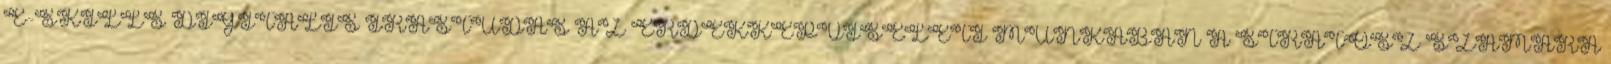
E-SKILLS DIGITÁLIS ÍRÁSTUDÁS AZ ÉRDEKKÉPVISELETI MUNKÁBAN A STRATOSZ SZÁMÁRA